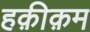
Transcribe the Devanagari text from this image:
हक़ीक़म